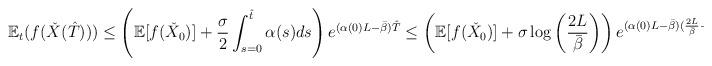
LaTeX: \begin{align*}\mathbb{E}_t(f(\check{X}(\hat T))) \le \left(\mathbb{E}[f(\check{X}_0)]+\frac{\sigma}{2} \int_{s=0}^{\hat t} \alpha(s)ds\right)e^{(\alpha(0)L-\bar\beta)\hat T}\le \left(\mathbb{E}[f(\check{X}_0)]+\sigma \log \left(\frac{2L}{\bar\beta}\right)\right)e^{(\alpha(0)L-\bar\beta)(\frac{2L}{\bar\beta}-1)}\end{align*}